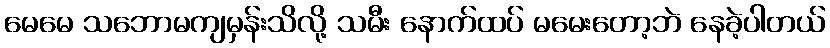
မေမေ သဘောမကျမှန်းသိလို့ သမီး နောက်ထပ် မမေးတော့ဘဲ နေခဲ့ပါတယ်